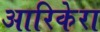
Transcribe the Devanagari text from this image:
आरिकेरा